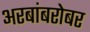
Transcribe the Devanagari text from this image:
अरबांबरोबर